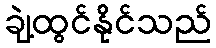
ချဲ့ထွင်နိုင်သည်